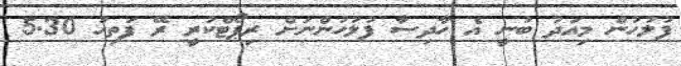
ފުލުހުން މިއަދު ބުނީ އެ ހާދިސާ ފުލުހުންނަށް ރިޕޯޓްކުރީ ރޭ ފަތިހު 5.30